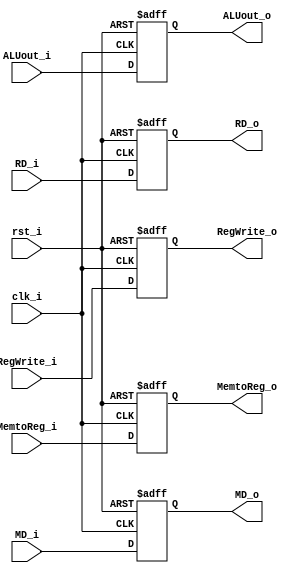
module Pipe_MEM_WB (
         clk_i,
         rst_i,

         MD_i,
         ALUout_i,
         RD_i,

         MD_o,
         ALUout_o,
         RD_o,

         RegWrite_i,
         MemtoReg_i,
         RegWrite_o,
         MemtoReg_o,

       );

input clk_i;
input rst_i;
input [31:0] ALUout_i;
input [31:0] MD_i;
input [4:0] RD_i;

output reg [31:0] ALUout_o;
output reg [31:0] MD_o;
output reg [4:0] RD_o;

input RegWrite_i, MemtoReg_i;
output reg RegWrite_o, MemtoReg_o;

always@(posedge clk_i or negedge rst_i)
  begin
    if(~rst_i)
      begin
        ALUout_o <= 32'b0;
        MD_o <= 32'b0;
        RD_o <= 32'b0;
        RegWrite_o <= 0;
        MemtoReg_o <= 0;
      end
    else
      begin
        ALUout_o <= ALUout_i;
        MD_o <= MD_i;
        RD_o <= RD_i;
        RegWrite_o <= RegWrite_i;
        MemtoReg_o <= MemtoReg_i;
      end
  end



endmodule